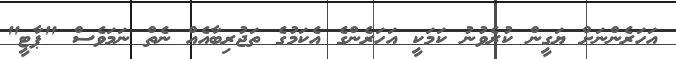
އަހަރެންނަށް ޔަގީން ކުރެވުނު ކަމަކީ އަހަރެންގެ އެކަމުގެ ތަޖުރިބާއެއް ނެތް ނަމަވެސް "ޕާޓީ"